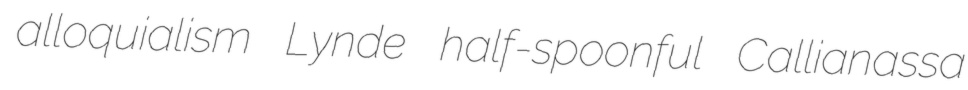
alloquialism Lynde half-spoonful Callianassa